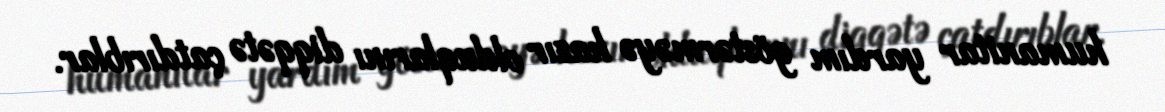
humanitar yardım göstərməyə hazır olduqlarını diqqətə çatdırıblar.